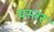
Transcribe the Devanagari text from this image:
पस्तर